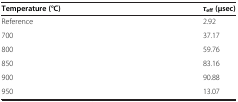
| Temperature (°C) | τeff (μsec) |
 | --- | --- |
 | Reference | 2.92 |
 | 700 | 37.17 |
 | 800 | 59.76 |
 | 850 | 83.16 |
 | 900 | 90.88 |
 | 950 | 13.07 |